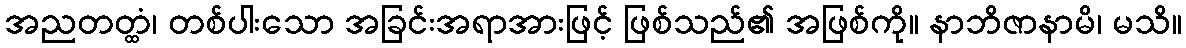
အညတတ္ထံ၊ တစ်ပါးသော အခြင်းအရာအားဖြင့် ဖြစ်သည်၏ အဖြစ်ကို။ နာဘိဇာနာမိ၊ မသိ။